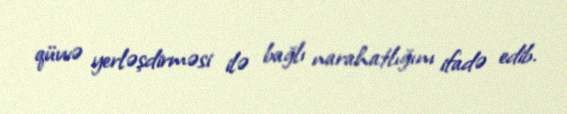
qüvvə yerləşdirməsi ilə bağlı narahatlığını ifadə edib.